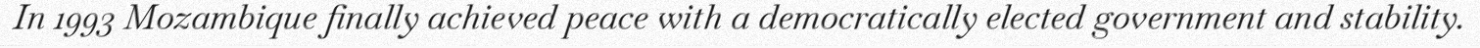
In 1993 Mozambique finally achieved peace with a democratically elected government and stability.